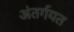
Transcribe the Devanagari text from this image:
अंतर्गयत